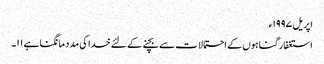
اپریل ١٩٩٧ء
استغفار گناہوں کے احتمالات سے بچنے کے لئے خدا کی مدد مانگنا ہے ١١۔